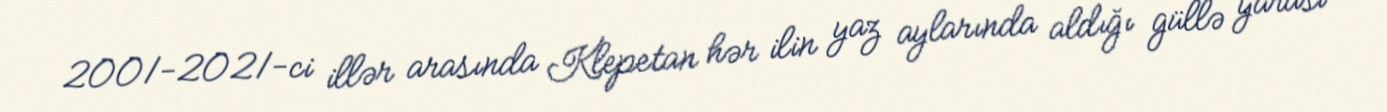
2001-2021-ci illər arasında Klepetan hər ilin yaz aylarında aldığı güllə yarası